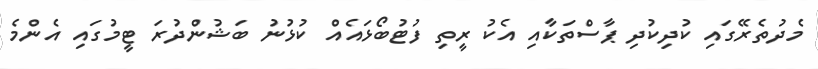
މެދުތެރޭގައި ކުދިކުދި ޕާސްްތަކާއި އެކު ރީތި ފުޓުބޯޅައެއް ކުޅުނު ބަޝުންދުރަ ޓީމުގައި އެންމެ